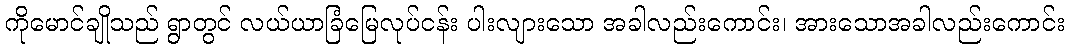
ကိုမောင်ချိုသည် ရွာတွင် လယ်ယာခြံမြေလုပ်ငန်း ပါးလျားသော အခါလည်းကောင်း၊ အားသောအခါလည်းကောင်း